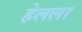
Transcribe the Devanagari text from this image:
हेलला